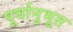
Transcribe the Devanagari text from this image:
पूर्वानुभूत